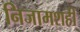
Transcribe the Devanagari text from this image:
निजामशही